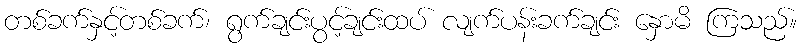
တစ်ခက်နှင့်တစ်ခက်၊ ရွက်ချင်းပွင့်ချင်းထပ် လျက်ပန်းခက်ချင်း နှောမိ ကြသည်။